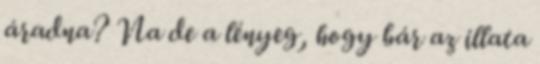
áradna? Na de a lényeg, hogy bár az illata